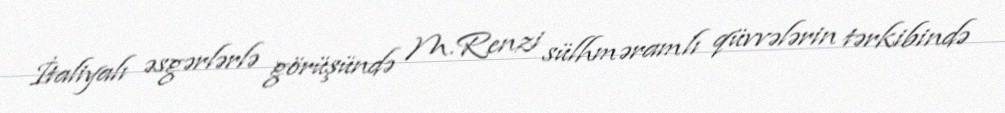
İtaliyalı əsgərlərlə görüşündə M.Renzi sülhməramlı qüvvələrin tərkibində